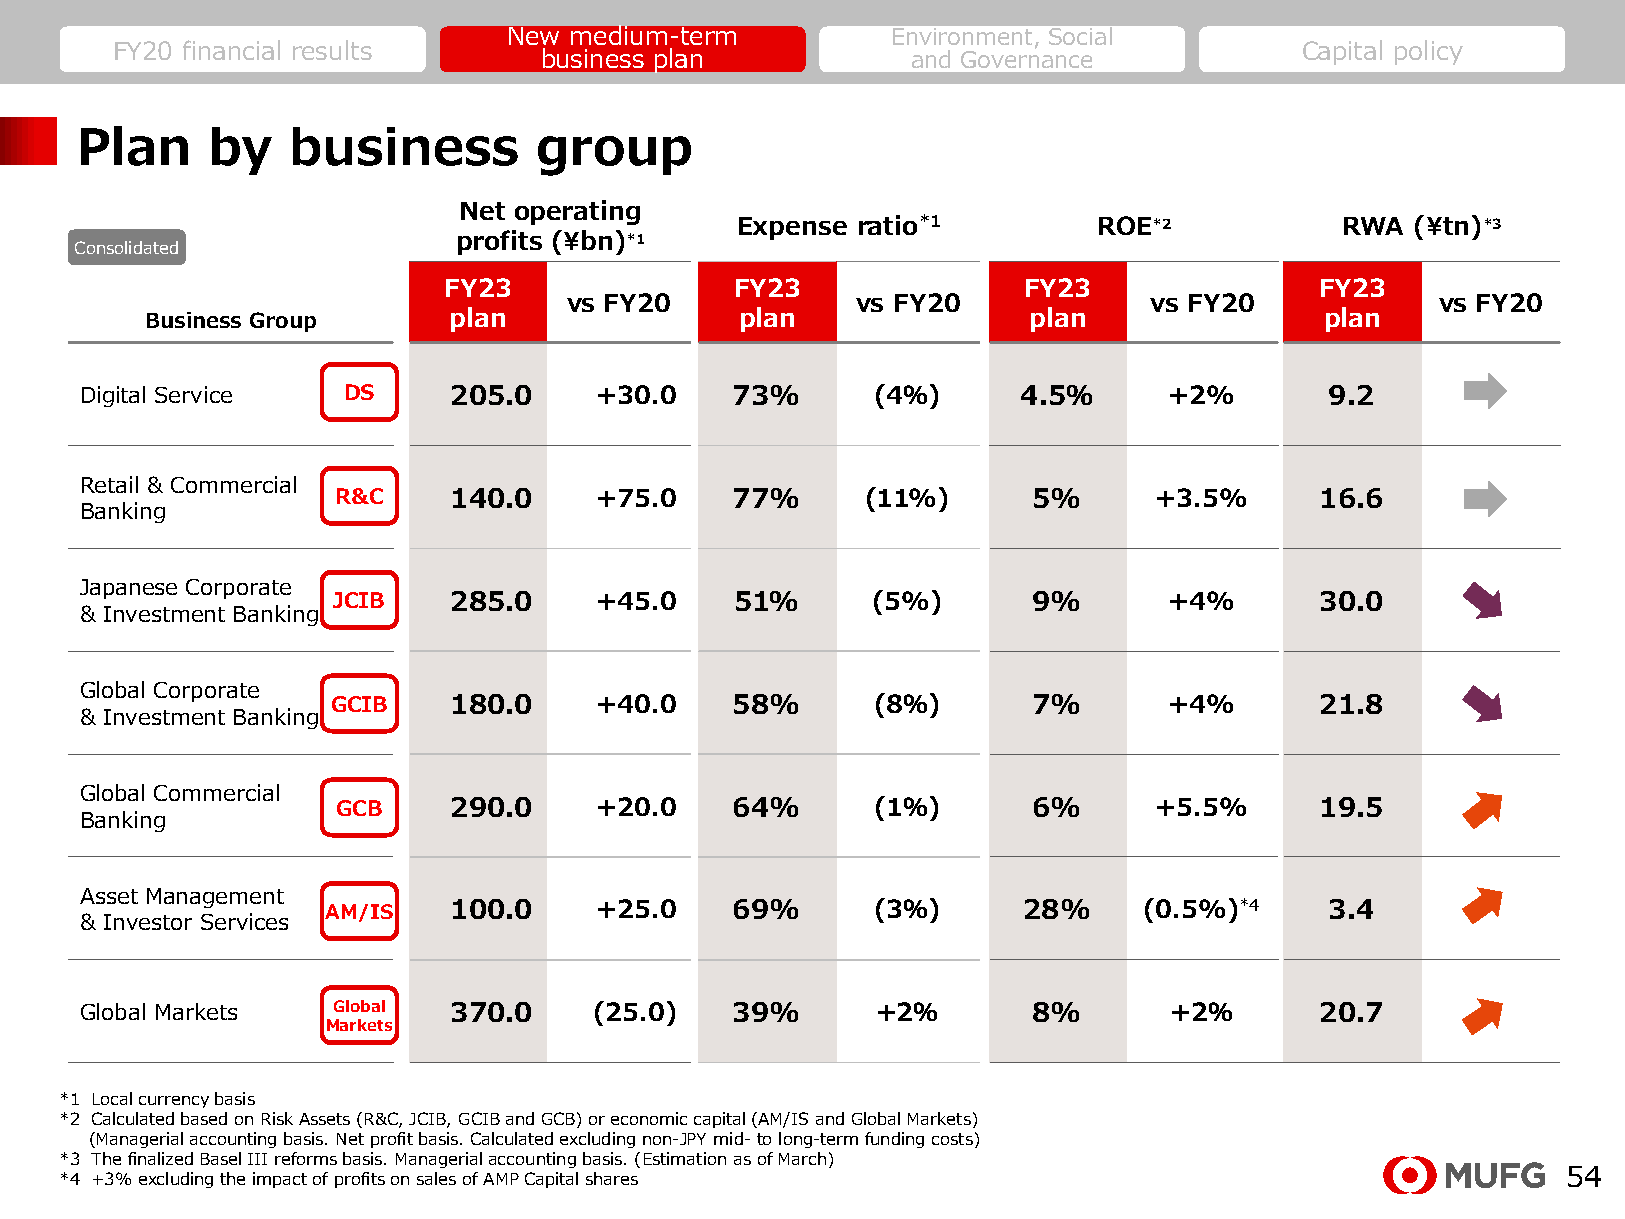
New medium-term          Environment, Social
 FY20 financial results                                                         Capital policy
 business plan           and Governance
 Plan     by   business        group
 Net operating
 Expense ratio*1         ROE*2           RWA  (¥tn)*3
 profits (¥bn)*1
 Consolidated
 FY23                FY23               FY23               FY23
 vs FY20            vs FY20            vs FY20            vs FY20
 Business Group      plan               plan               plan                plan
 Digital Service   DS     205.0    +30.0    73%       (4％)      4.5％     +2%        9.2
 Retail & Commercial
 R&C     140.0    +75.0    77%      (11%)      5%      +3.5%      16.6
 Banking
 Japanese Corporate
 JCIB    285.0    +45.0     51%      (5%)      9%       +4%       30.0
 & Investment Banking
 Global Corporate
 GCIB    180.0    +40.0    58%       (8％)      7%       +4%       21.8
 & Investment Banking
 Global Commercial
 GCB     290.0    +20.0    64%       (1％)      6%      +5.5%      19.5
 Banking
 Asset Management
 AM/IS   100.0    +25.0    69%       (3％)      28%     (0.5%)*4    3.4
 & Investor Services
 Global Markets   Global  370.0    (25.0)   39%       +2％       8%       +2％       20.7
 Markets
 *1 Local currency basis
 *2 Calculated based on Risk Assets (R&C, JCIB, GCIB and GCB) or economic capital (AM/IS and Global Markets)
 (Managerial accounting basis. Net profit basis. Calculated excluding non-JPY mid-to long-term funding costs)
 *3 The finalized Basel III reforms basis. Managerial accounting basis. (Estimation as of March)
 *4 +3% excluding the impact of profits on sales of AMPCapital shares                                54